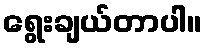
ရွေးချယ်တာပါ။